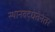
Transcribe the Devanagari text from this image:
स्थानबद्धतेनंतर